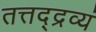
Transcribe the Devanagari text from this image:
तत्तद्द्रव्यं